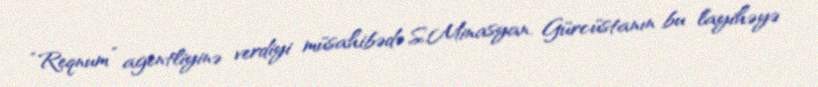
“Reqnum” agentliyinə verdiyi müsahibədə S.Minasyan, Gürcüstanın bu layihəyə